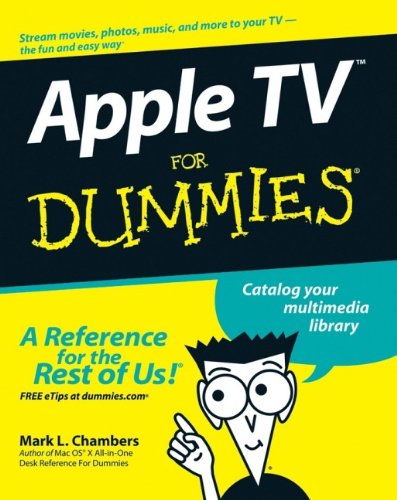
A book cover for Apple TV For Dummies; Mark L. Chambers; Computers & Technology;